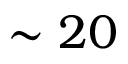
\sim 2 0